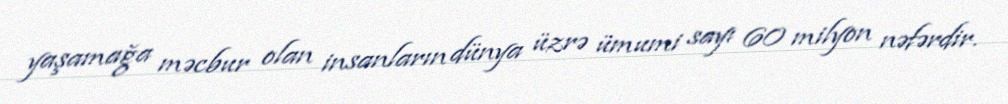
yaşamağa məcbur olan insanların dünya üzrə ümumi sayı 60 milyon nəfərdir.